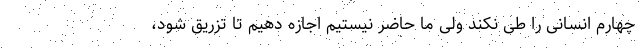
چهارم انسانی را طی نکند ولی ما حاضر نیستیم اجازه دهیم تا تزریق شود،